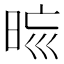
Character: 𣆬